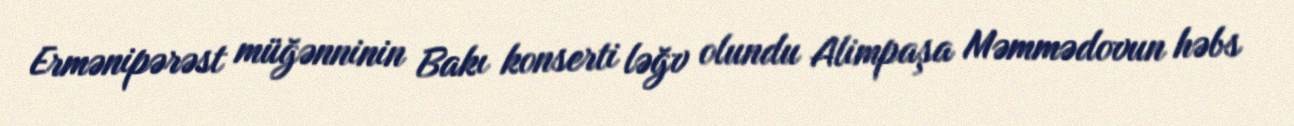
Ermənipərəst müğənninin Bakı konserti ləğv olundu Alimpaşa Məmmədovun həbs